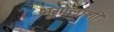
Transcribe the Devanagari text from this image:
भूगोलाशी